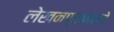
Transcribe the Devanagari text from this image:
लेखनप्रकाराचे